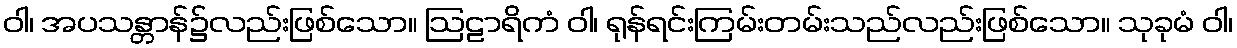
ဝါ၊ အပသန္တာန်၌လည်းဖြစ်သော။ ဩဠာရိကံ ဝါ၊ ရုန်ရင်းကြမ်းတမ်းသည်လည်းဖြစ်သော။ သုခုမံ ဝါ၊